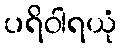
ပရိဝါရယုံ